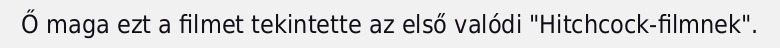
Ő maga ezt a filmet tekintette az első valódi "Hitchcock-filmnek".